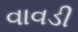
વાવડી